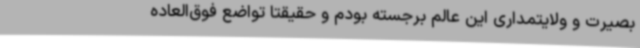
بصیرت و ولایتمداری این عالم برجسته بودم و حقیقتاً تواضع فوق‌العاده